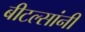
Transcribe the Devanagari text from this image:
बीटल्सांनी